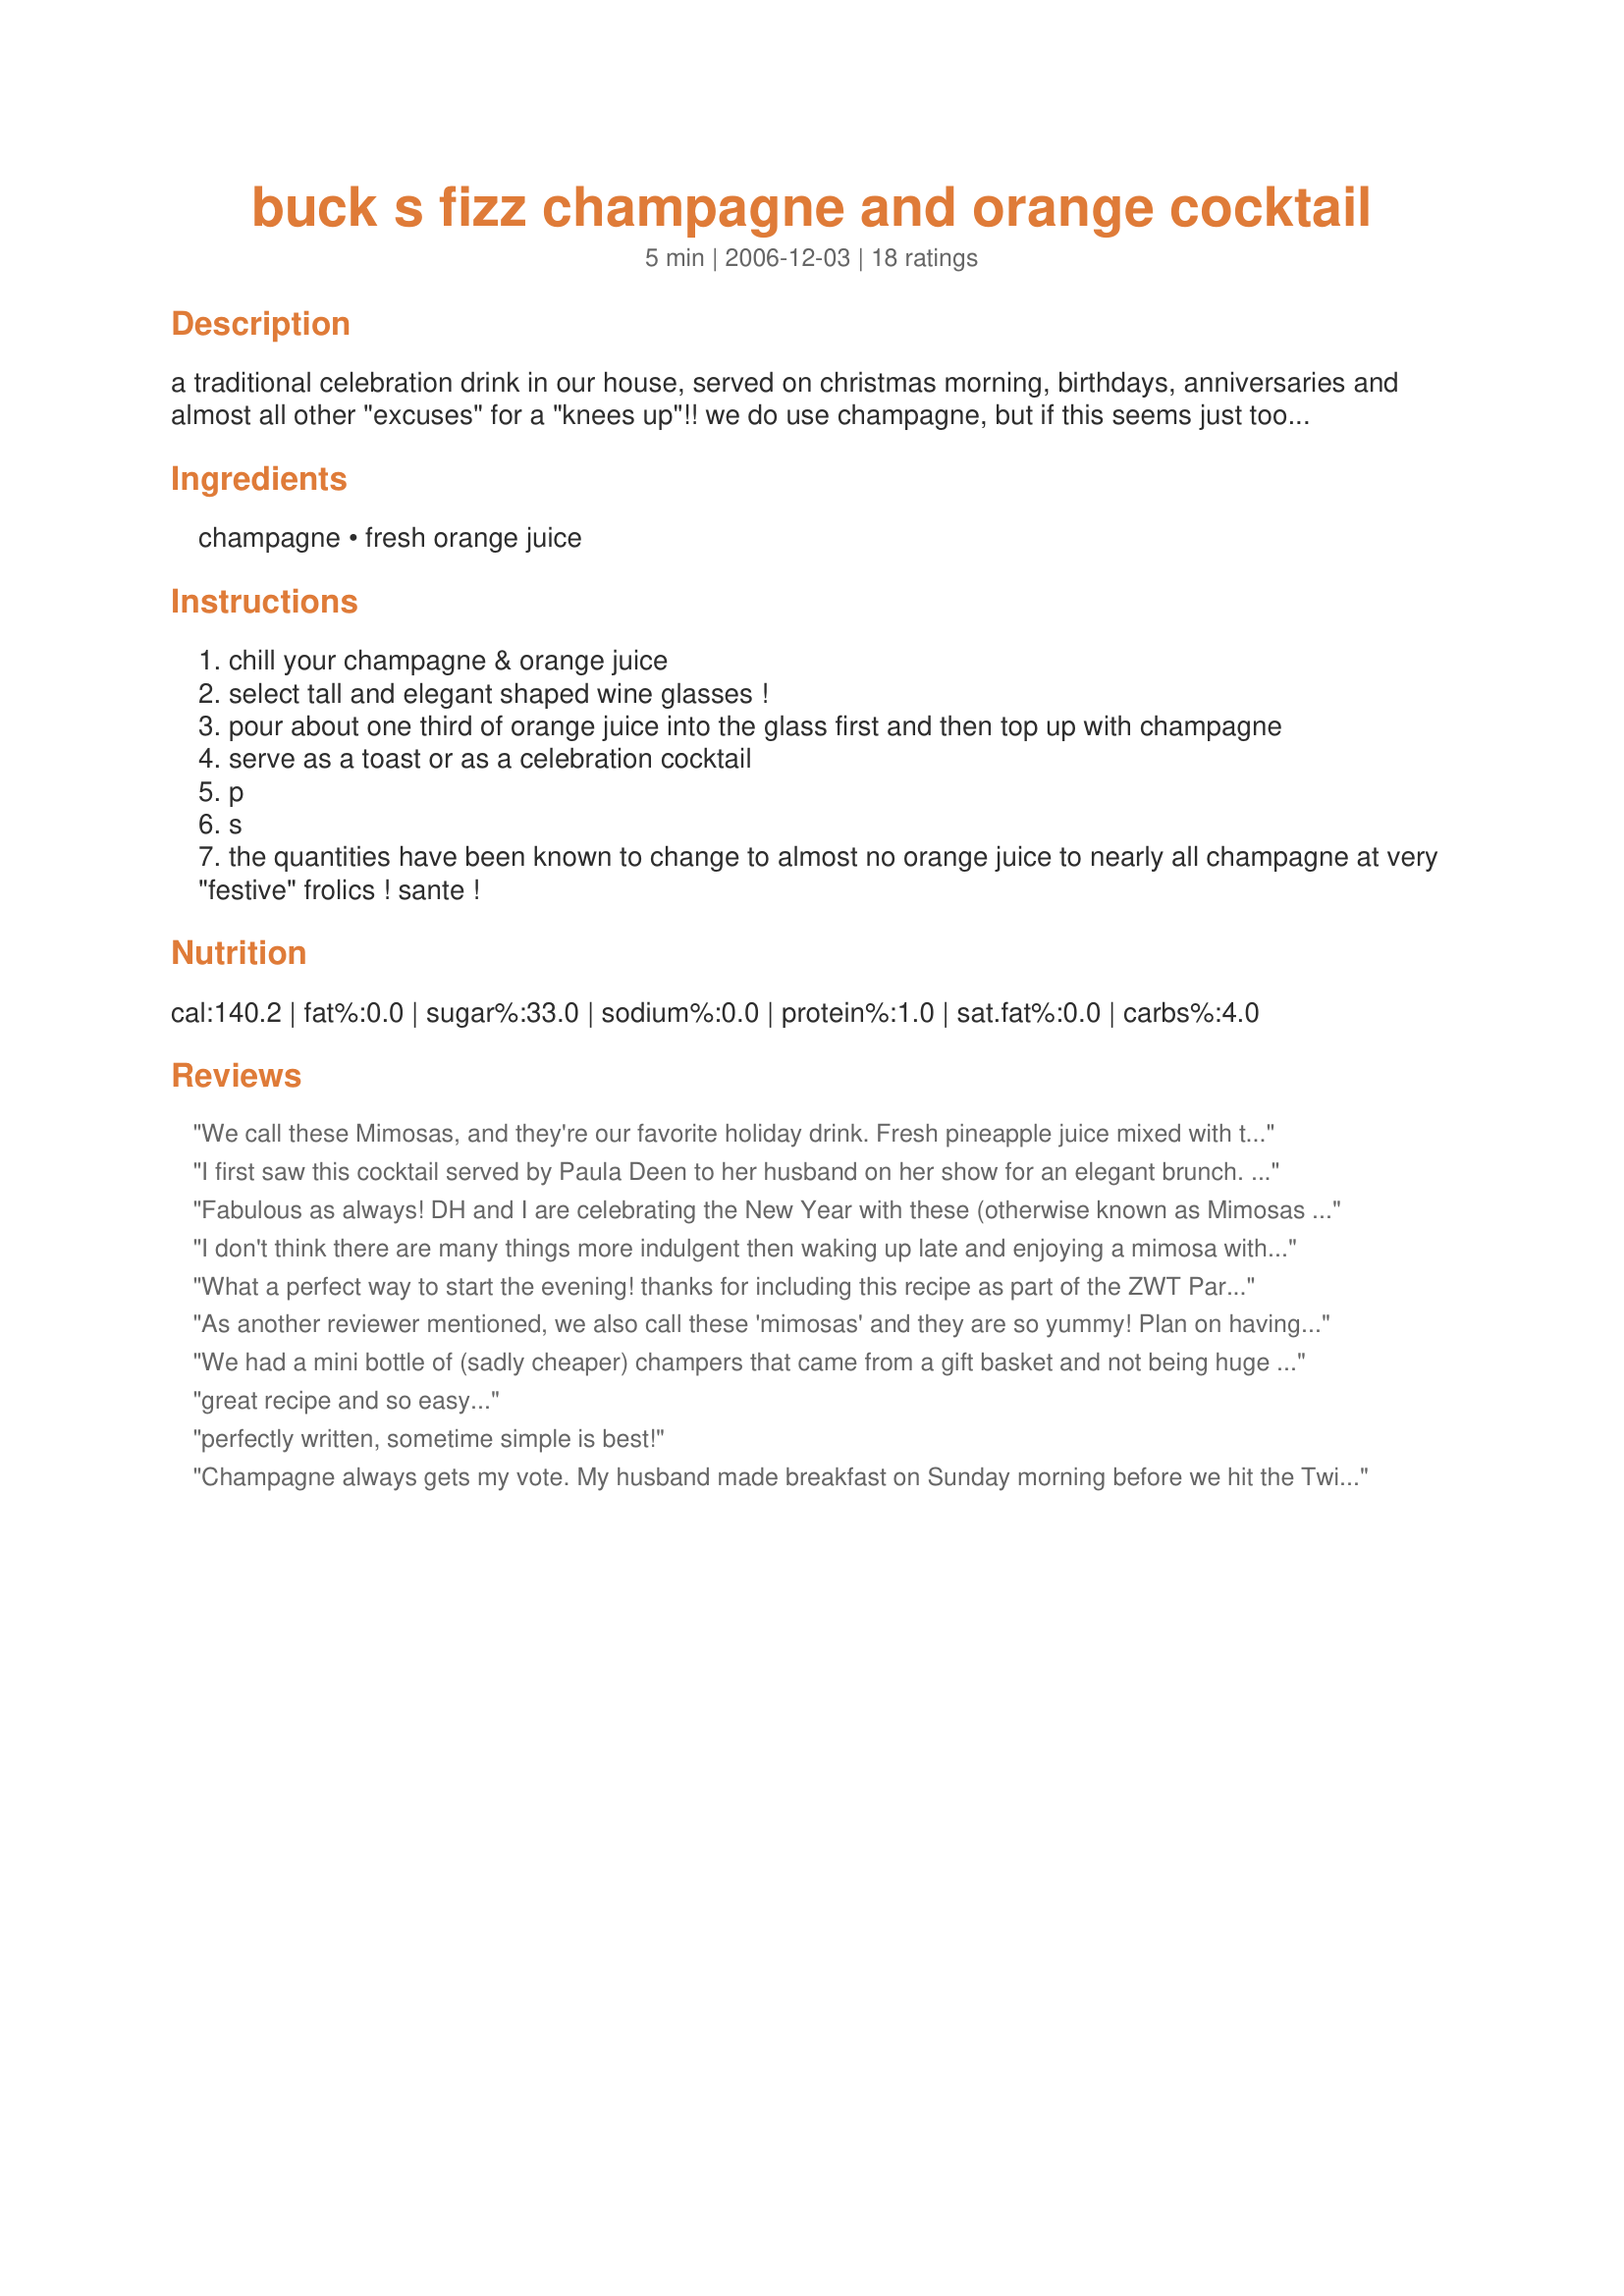
buck s fizz champagne and orange cocktail
Preparation time: 5 minutes

a traditional celebration drink in our house, served on christmas morning, birthdays, anniversaries and almost all other "excuses" for a "knees up"!! we do use champagne, but if this seems just too sybaritic & over indulgent, you can use any good quality "fizz". freshly squeezed orange juice is de rigeur, but again, you can get great "fresh-tasting" orange juices in bottles & cartons too.......but please, no ice & unsweetened is best!

Ingredients:
champagne, fresh orange juice

Steps:
chill your champagne & orange juice
select tall and elegant shaped wine glasses !
pour about one third of orange juice into the glass first and then top up with champagne
serve as a toast or as a celebration cocktail
p
s
the quantities have been known to change to almost no orange juice to nearly all champagne at very "festive" frolics ! sante !

Reviews:
We call these Mimosas, and they're our favorite holiday drink. Fresh pineapple juice mixed with the OJ also adds a nice flavor.
I first saw this cocktail served by Paula Deen to her husband on her show for an elegant brunch. It has become a favorite of mine every since. Very simple & very elegant. Thank you for posting this, French Tart!
Fabulous as always! DH and I are celebrating the New Year with these (otherwise known as Mimosas in our house as well). Simple is sometimesbestis correct! Delicious and elegant -this is a tradition in our family too! **Made for Beverage Tag 2007** Welcoming 2008!!
I don't think there are many things more indulgent then waking up late and enjoying a mimosa with a late breakfast! I like to pour a little bit of grenadine syrup in the glass and then slowly pour in the mimosa; it makes a very pretty drink.
What a perfect way to start the evening! thanks for including this recipe as part of the ZWT Part 3! Cheers!
As another reviewer mentioned, we also call these 'mimosas' and they are so yummy! Plan on having them for New Year's as opposed to straight champagne!
We had a mini bottle of (sadly cheaper) champers that came from a gift basket and not being huge drinkers of champagne it got pushed to the back of the shelf.. finailly a recipe to use it up... hum this is drinkable, very drinkable LOL. A refreshing change from our usual tipples but we are none worse for wear for it... please see my rating system a very happy and tipsy 4 stars. Thanks!
great recipe and so easy...
perfectly written, sometime simple is best!
Champagne always gets my vote. My husband made breakfast on Sunday morning before we hit the Twins game and as I was feeling a bit hungover I decided to get a little fizz to my head early. It worked and it was fantastic!
This beverage has one serious drawback. It's almost impossible not to chug the whole glass!. Champers and unsweetened o.j. were used from the fridge to a marvelous result. FT, my dear, I sing your praises. I have to run now and stash the remaining evidence befor DH discovers this and I have to share!
Allways a great drink on Christmas or at birthdays if you don't want to drink to much. We allways have it on Christmas morning brunch. Thanks for posting. Miss Pixie x x x :D
Excellent brunch cocktail. It does make exactly 6 cocktails and I should know... I was the only one drinking at brunch and had them all by my little ole drunk self. Drunk at noon! Tsk tsk... what would my Mom say if she knew?
I love the tang the orange gives the champers,what agreat idea, will try the pineapple juice as well next time as one reviewer suggested. Made for ZWT III.
When my aunt was alive, during the summer months, several of us would get together and cook our entire breakfast on her grills out on her deck and this drink was always seved. It's so refreshing and so good with breafast or any time actually. Seeing this brought back many memories. Thanks for sharing FT.
Excellent idea for a special occasion or a special brunch. We enjoyed this very much. I do think this is the best with fresh squeezed orange juice. Thanks for sharing this recipe French Tart and one that we will be making again!
We love these and call them Mimosas, also! We have a restaurant that serves a jazz brunch on Sundays and all the Mimosas you can drink - I definitely drank more than I should have. They are great.
Whether you call it a Mimosa or a Buck's Fizz (invented for the American bar at the Buck's private men's club in London in 1921), it's delicious! Nice to have proper proportions laid out.
